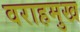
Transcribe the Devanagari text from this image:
वराहमुख